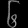
Digit: ၆